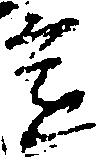
意